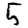
Digit: 5